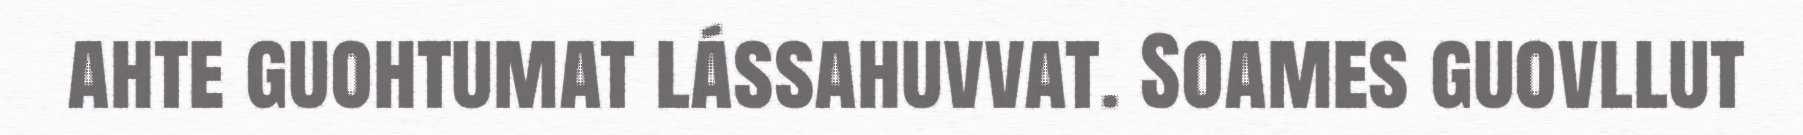
ahte guohtumat lássahuvvat. Soames guovllut